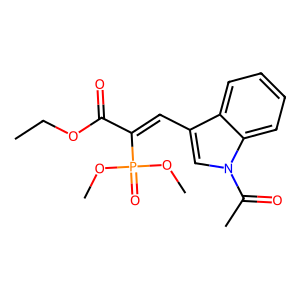
SMILES: CCOC(=O)C(=Cc1cn(C(C)=O)c2ccccc12)P(=O)(OC)OC
Inhibits HIV replication: No